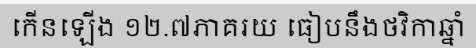
កើនឡើង ១២.៧ភាគរយ ធៀបនឹងថវិកាឆ្នាំ